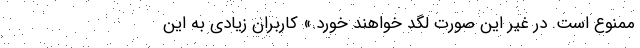
ممنوع است. در غیر این صورت لگد خواهند خورد.» کاربران زیادی به این